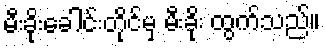
မီးခိုးခေါင်းတိုင်မှ မီးခိုး ထွက်သည်။